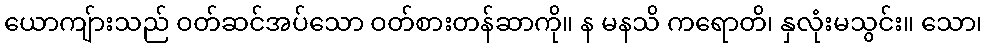
ယောကျ်ားသည် ဝတ်ဆင်အပ်သော ဝတ်စားတန်ဆာကို။ န မနသိ ကရောတိ၊ နှလုံးမသွင်း။ သော၊